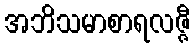
အဘိသမာစာရလဇ္ဇီ